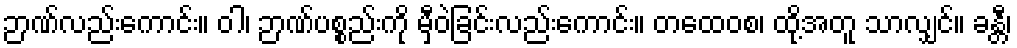
ဉာဏ်လည်းကောင်း။ ဝါ၊ ဉာဏ်ပစ္စည်းကို မှီဝဲခြင်းလည်းကောင်း။ တထေဝစ၊ ထို့အတူ သာလျှင်။ ခန္တီ၊